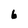
Character: 6